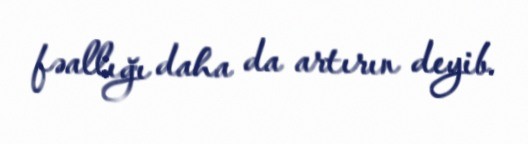
fəallığı daha da artırın deyib.